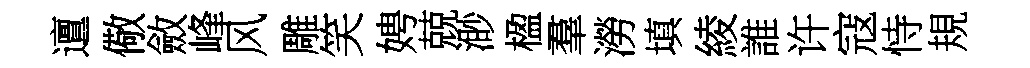
邅儆斂峰风雕笑娉兢渺楹羣澇填綾誰许寇恃規